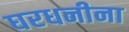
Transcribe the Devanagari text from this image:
घरधनीना